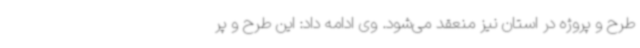
طرح و پروژه در استان نیز منعقد می‌شود. وی ادامه داد: این طرح و پر